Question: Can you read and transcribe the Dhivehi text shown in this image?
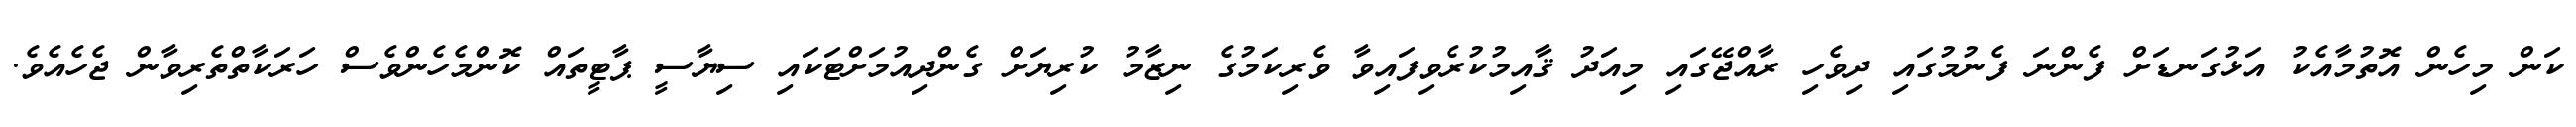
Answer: ކަން މިހެން އޮތުމާއެކު އަޅުގަނޑަށް ފެންނަ ފެނުމުގައި ދިވެހި ރާއްޖޭގައި މިއަދު ޤާއިމުކުރެވިފައިވާ ވެރިކަމުގެ ނިޒާމު ކުރިޔަށް ގެންދިއުމަށްޓަކައި ސިޔާސީ ޕާޓީތައް ކޮންމެހެންވެސް ހަރަކާތްތެރިވާން ޖެހެއެވެ.